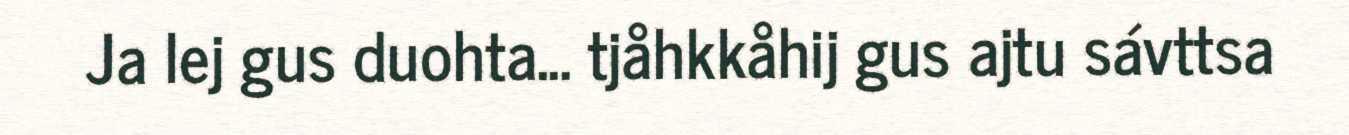
Ja lej gus duohta... tjåhkkåhij gus ajtu sávttsa